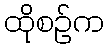
ထိုစဉ်က